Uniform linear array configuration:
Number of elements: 4
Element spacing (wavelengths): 0.5
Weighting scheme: cosine
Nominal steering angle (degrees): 15
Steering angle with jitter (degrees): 16.893
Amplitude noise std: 0.05
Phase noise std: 0.05

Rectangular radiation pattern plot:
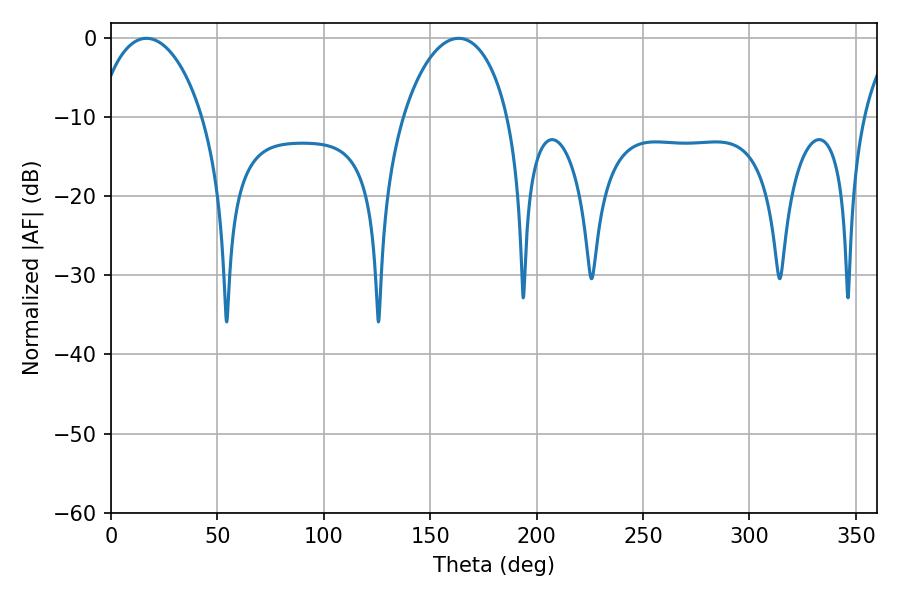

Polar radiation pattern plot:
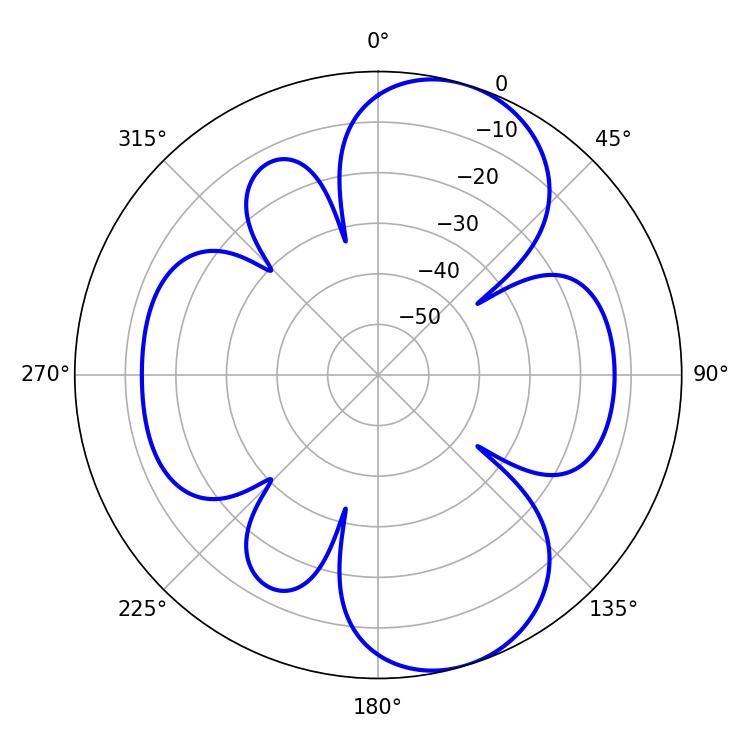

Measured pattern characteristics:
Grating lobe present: FALSE
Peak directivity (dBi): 8.579
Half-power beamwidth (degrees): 28.26
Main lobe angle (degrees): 16.74